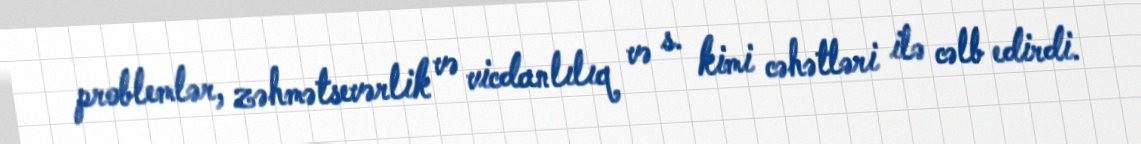
problemlər, zəhmətsevərlik və vicdanlılıq və s. kimi cəhətləri ilə cəlb edirdi.